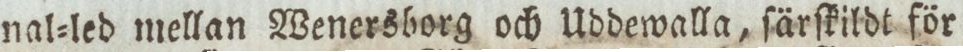
nal=led mellan Wenersborg och Uddewalla, ſärſkildt för